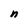
Character: n